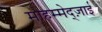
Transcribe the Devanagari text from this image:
मोहम्मेद्ज़ाई